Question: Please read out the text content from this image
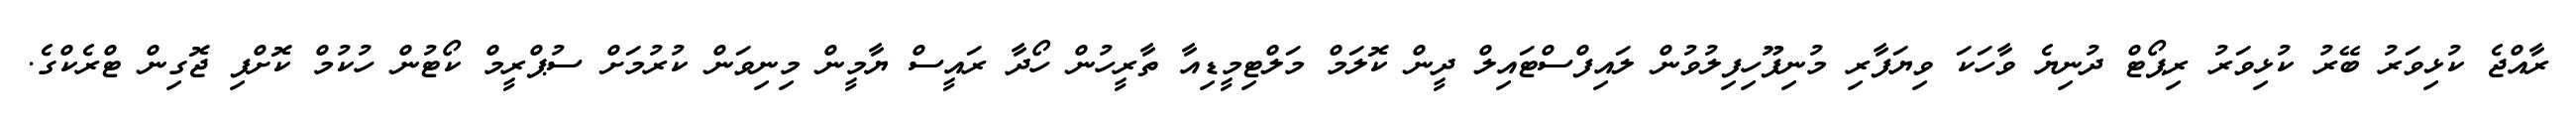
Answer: ރާއްޖެ ކުޅިވަރު ބޭރު ކުޅިވަރު ރިޕޯޓް ދުނިޔެ ވާހަކަ ވިޔަފާރި މުނިފޫހިފިލުވުން ލައިފްސްޓައިލް ދީން ކޮލަމް މަލްޓިމީޑިއާ ތާރީހުން ހޯދާ ރައީސް ޔާމީން މިނިވަން ކުރުމަށް ސުޕްރީމް ކޯޓުން ހުކުމް ކޮށްފި ޖޮގިން ޓްރެކްގެ.